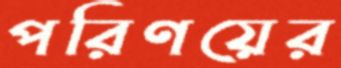
পরিণয়ের